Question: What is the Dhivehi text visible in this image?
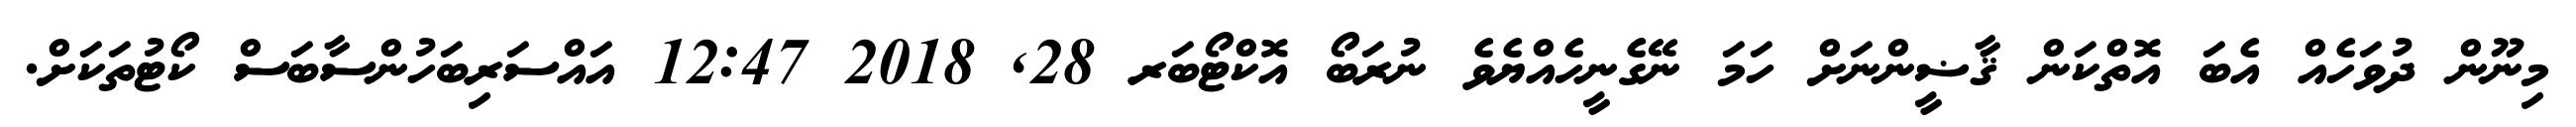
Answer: މިނޫން ދުވަހެއް އެބަ އޮތްކަން ޤާޟީންނަށް ހަމަ ނޭގެނީހެއްޔެވެ ނުރަބޯ އޮކްޓޯބަރ 28, 2018 12:47 އައްސަރިބަހުންސާބަސް ކޯޓުތަކަށް.